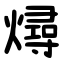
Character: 燖